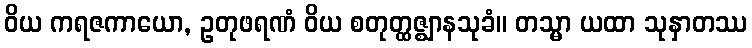
ဝိယ ကရဇကာယော, ဥတုဖရဏံ ဝိယ စတုတ္ထဇ္ဈာနသုခံ။ တသ္မာ ယထာ သုနှာတဿ